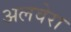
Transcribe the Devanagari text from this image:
अलवेरा